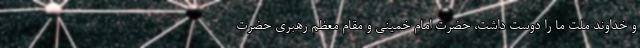
و خداوند ملت ما را دوست داشت، حضرت امام خمینی و مقام معظم رهبری حضرت